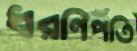
ধরণিপতি